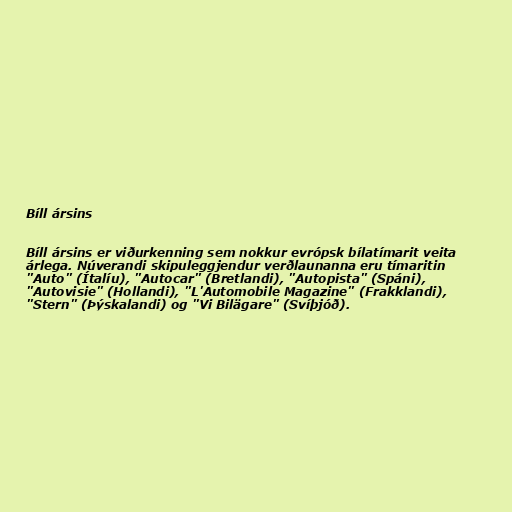
Bíll ársins

Bíll ársins er viðurkenning sem nokkur evrópsk bílatímarit veita
árlega. Núverandi skipuleggjendur verðlaunanna eru tímaritin
"Auto" (Ítalíu), "Autocar" (Bretlandi), "Autopista" (Spáni),
"Autovisie" (Hollandi), "L'Automobile Magazine" (Frakklandi),
"Stern" (Þýskalandi) og "Vi Bilägare" (Svíþjóð).